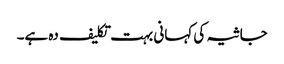
جاثیہ کی کہانی بہت تکلیف دہ ہے۔